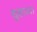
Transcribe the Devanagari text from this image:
सुहाता।